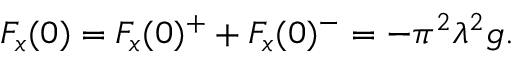
\begin{array} { r } { F _ { x } ( 0 ) = F _ { x } ( 0 ) ^ { + } + F _ { x } ( 0 ) ^ { - } = - \pi ^ { 2 } \lambda ^ { 2 } g . } \end{array}